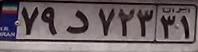
۷۹د۷۲۳۳۱